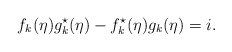
\begin{align*}f_{k}(\eta) g^{\star}_{k}(\eta) - f^{\star}_{k}(\eta) g_{k}(\eta) = i.\end{align*}